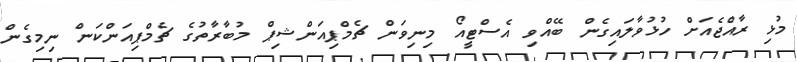
މުޅި ރާއްޖެއަށް ހުޅުވާލައިގެން ބޭއްވި އެސްޓީއޯ މިނިވަން ޗެމްޕިއަންޝިޕް މުބާރާތުގެ ޗެމްޕިއަންކަން ނިމިގެން